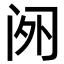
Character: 𬮡